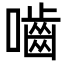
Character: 嚙